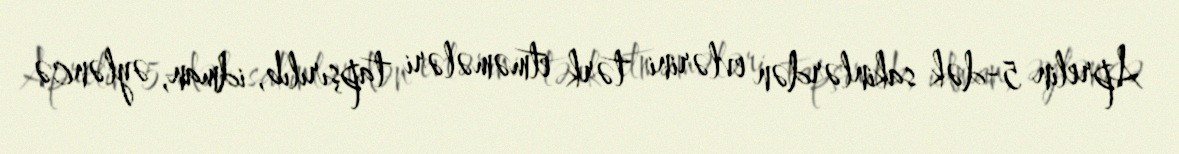
Aprelin 5-dək sakinlərdən evlərini tərk etməmələri tapşırılıb, idman, əyləncə